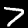
Label: 7